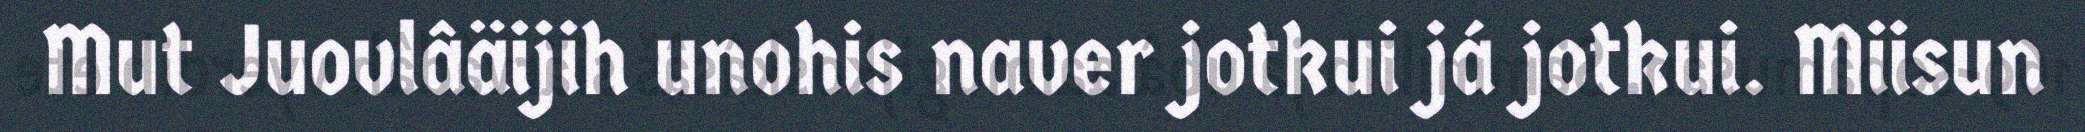
Mut Juovlâäijih unohis naver jotkui já jotkui. Miisun